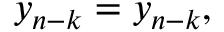
y _ { n - k } = y _ { n - k } ,